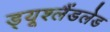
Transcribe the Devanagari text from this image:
ड्यूश्लैंडलेड